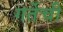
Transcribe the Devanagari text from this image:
गर्तेची